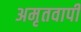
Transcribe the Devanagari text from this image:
अमृतवापी